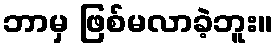
ဘာမှ ဖြစ်မလာခဲ့ဘူး။